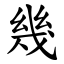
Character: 幾